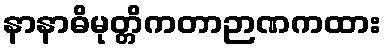
နာနာဓိမုတ္တိကတာဉာဏကထား